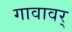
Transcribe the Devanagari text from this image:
गावावर्